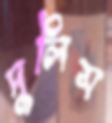
দুলিস